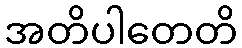
အတိပါတေတိ